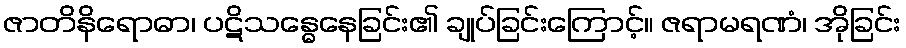
ဇာတိနိရောဓာ၊ ပဋိသန္ဓေနေခြင်း၏ ချုပ်ခြင်းကြောင့်။ ဇရာမရဏံ၊ အိုခြင်း